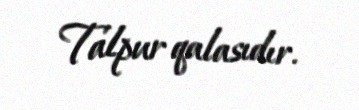
Talpur qalasıdır.